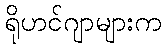
ရိုဟင်ဂျာများက